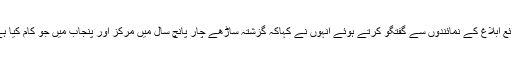
پیر کو احستاب عدالت کے باہر ذرائع ابلاغ کے نمائندوں سے گفتگو کرتے ہوئے انہوں نے کہاکہ گزشتہ ساڑھے چار پانچ سال میں مرکز اور پنجاب میں جو کام کیا ہے اس کا مقابلہ کوئی نہیں کرسکتا۔